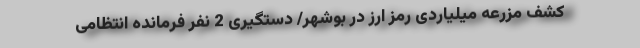
کشف مزرعه میلیاردی رمز ارز در بوشهر/ دستگیری 2 نفر فرمانده انتظامی